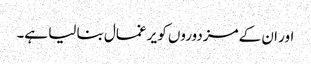
اور ان کے مزدوروں کو یر غمال بنا لیا ہے۔